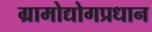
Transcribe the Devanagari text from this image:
ग्रामोद्योगप्रधान